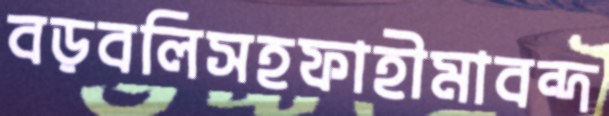
বড়বলিসহফাহীমাবন্দ